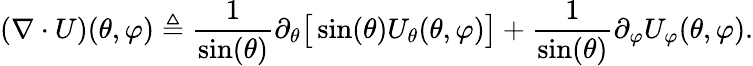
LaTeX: (\nabla\cdot U)(\theta,\varphi)\triangleq\frac{1}{\sin(\theta)}\partial_{\theta}\big[\sin(\theta)U_{\theta}(\theta,\varphi)\big]+\frac{1}{\sin(\theta)}\partial_{\varphi}U_{\varphi}(\theta,\varphi).